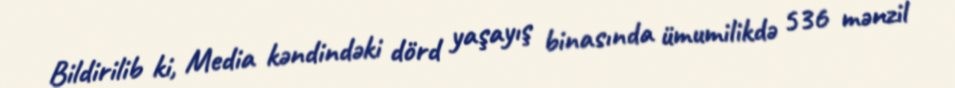
Bildirilib ki, Media kəndindəki dörd yaşayış binasında ümumilikdə 536 mənzil